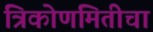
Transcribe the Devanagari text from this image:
त्रिकोणमितीचा